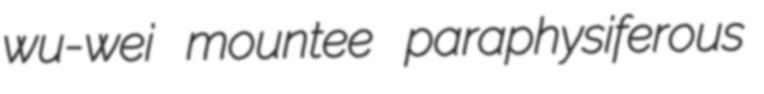
wu-wei mountee paraphysiferous